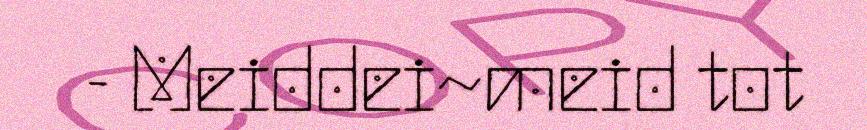
- Meiddei~meid tot